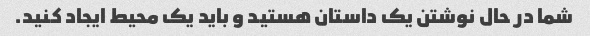
شما در حال نوشتن یک داستان هستید و باید یک محیط ایجاد کنید.